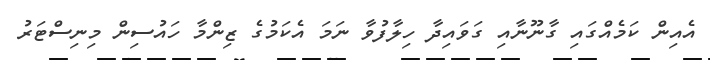
އެއިން ކަމެއްގައި ގާނޫނާއި ގަވައިދާ ހިލާފުވާ ނަމަ އެކަމުގެ ޒިންމާ ހައުސިން މިނިސްޓަރު